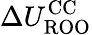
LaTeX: \Delta{U_{\mathrm{ROO}}^{\mathrm{CC}}}